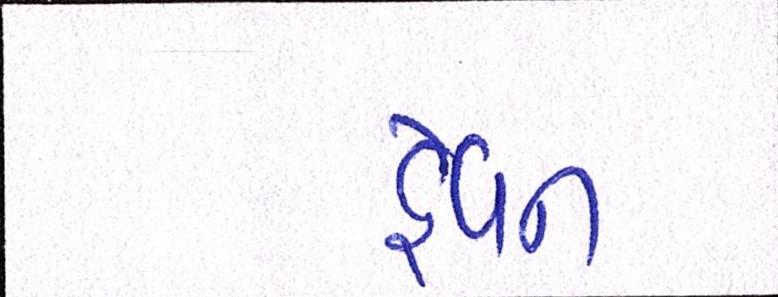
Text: હેવન